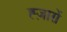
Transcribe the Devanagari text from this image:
ह्ज़ारों